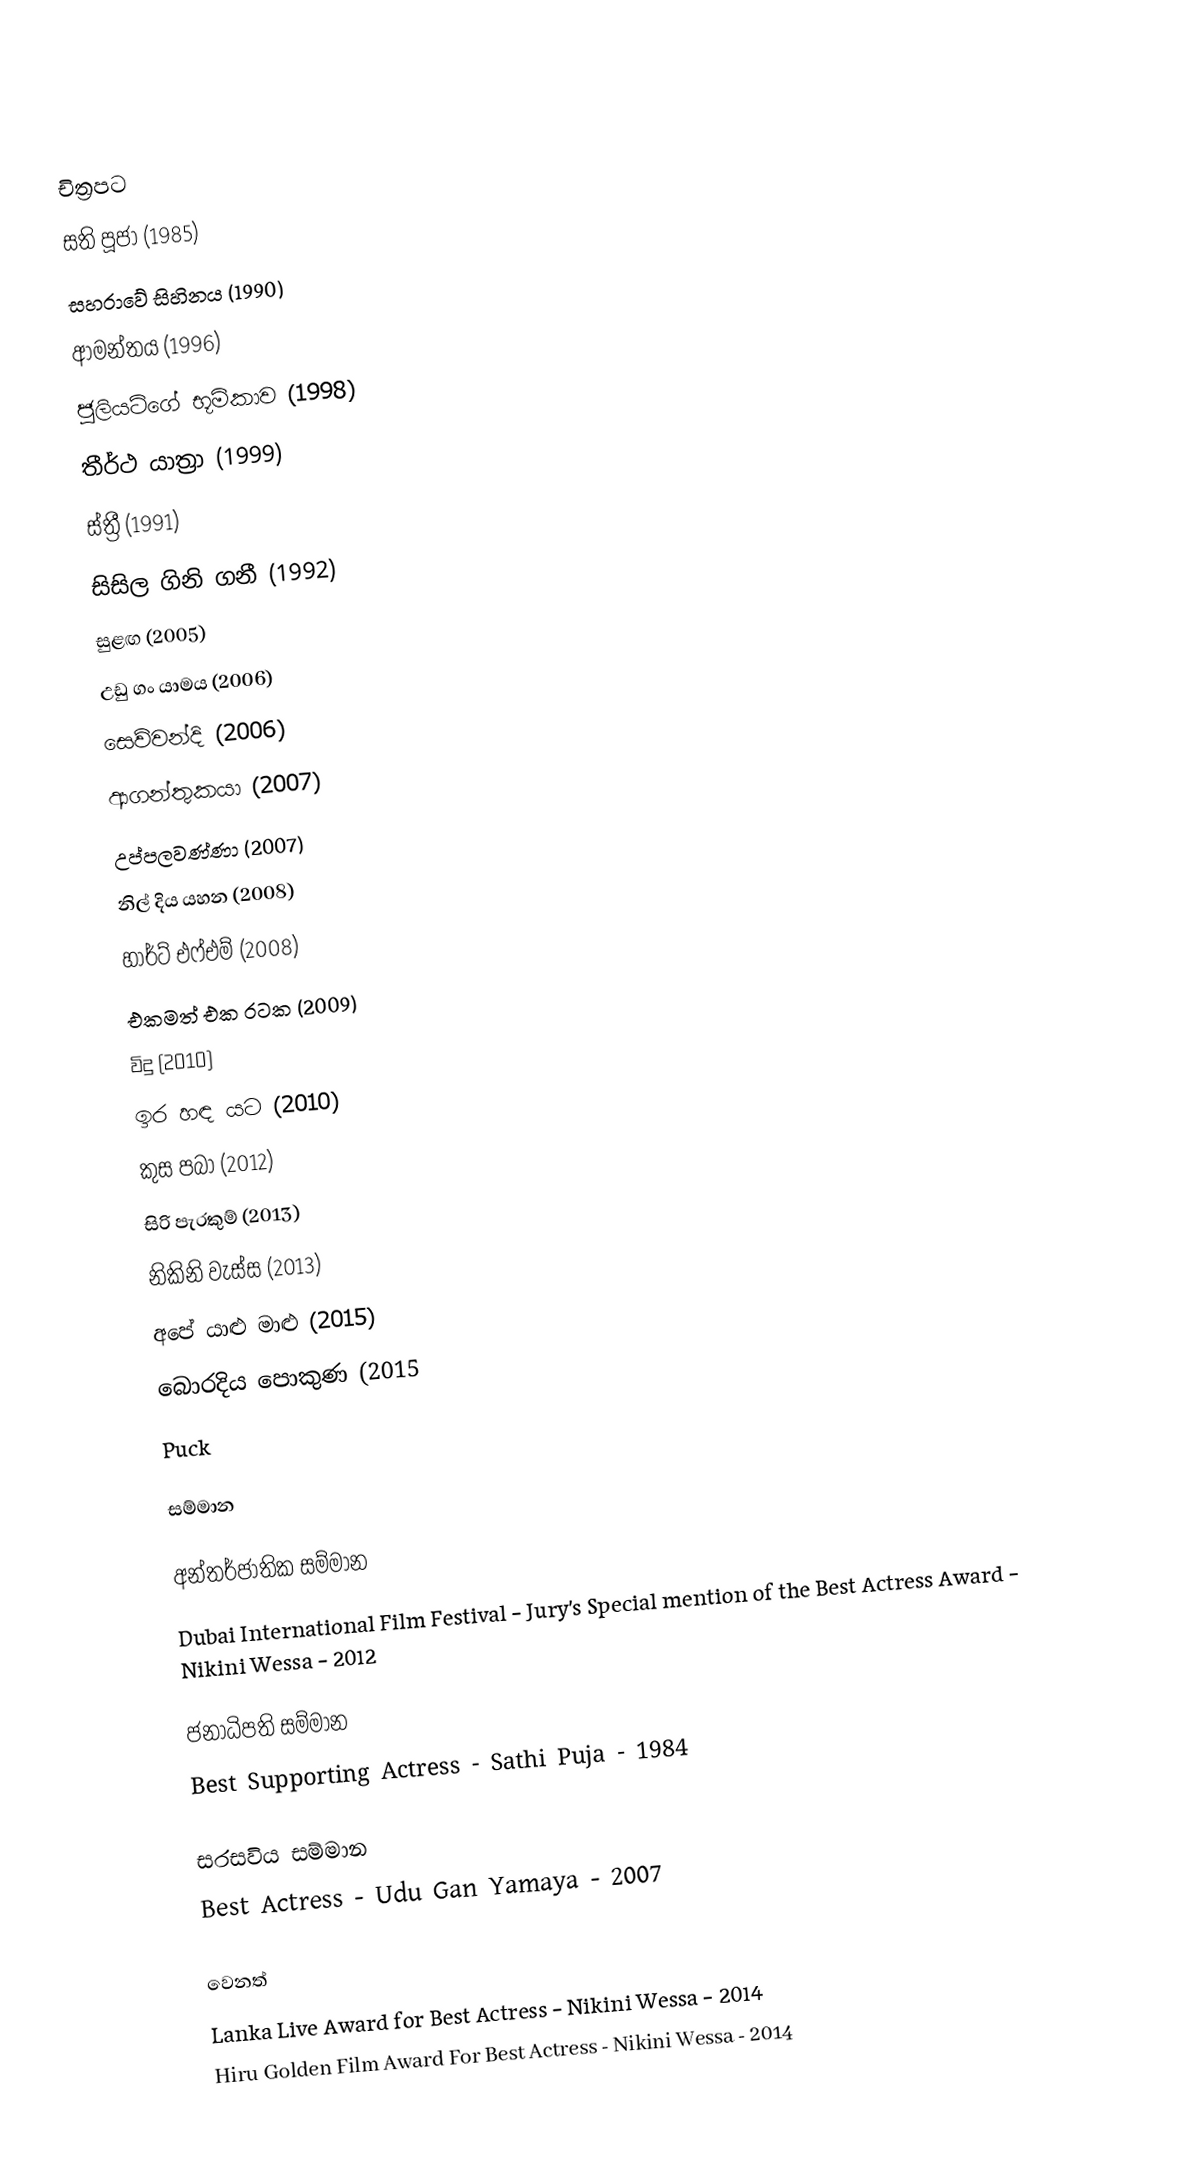

චිත්‍රපට
සති පූජා (1985)
සහරාවේ සිහිනය (1990)
ආමන්තය (1996)
ජුලියට්ගේ භූමිකාව (1998)
තීර්ථ යාත්‍රා (1999)
ස්ත්‍රී (1991)
සිසිල ගිනි ගනී (1992)
සුළඟ (2005)
උඩු ගං යාමය (2006)
සෙව්වන්දි (2006)
ආගන්තුකයා (2007)
උප්පලවණ්ණා (2007)
නිල් දිය යහන (2008)
හාර්ට් එෆ්එම් (2008)
එකමත් එක රටක (2009)
විදු (2010)
ඉර හඳ යට (2010)
කුස පබා (2012)
සිරි පැරකුම් (2013)
නිකිනි වැස්ස (2013)
අපේ යාළු මාළු (2015)
බොරදිය පොකුණ (2015
Puck

සම්මාන

අන්තර්ජාතික සම්මාන
Dubai International Film Festival - Jury's Special mention of the Best Actress Award - Nikini Wessa - 2012

ජනාධිපති සම්මාන
Best Supporting Actress - Sathi Puja - 1984

සරසවිය සම්මාන
Best Actress - Udu Gan Yamaya - 2007

වෙනත්
Lanka Live Award for Best Actress - Nikini Wessa - 2014
Hiru Golden Film Award For Best Actress - Nikini Wessa - 2014